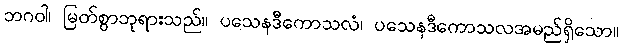
ဘဂဝါ၊ မြတ်စွာဘုရားသည်။ ပသေနဒီကောသလံ၊ ပသေနဒီကောသလအမည်ရှိသော။